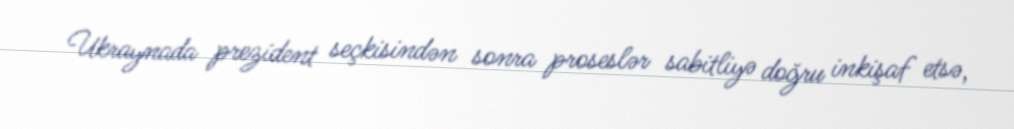
Ukraynada prezident seçkisindən sonra proseslər sabitliyə doğru inkişaf etsə,